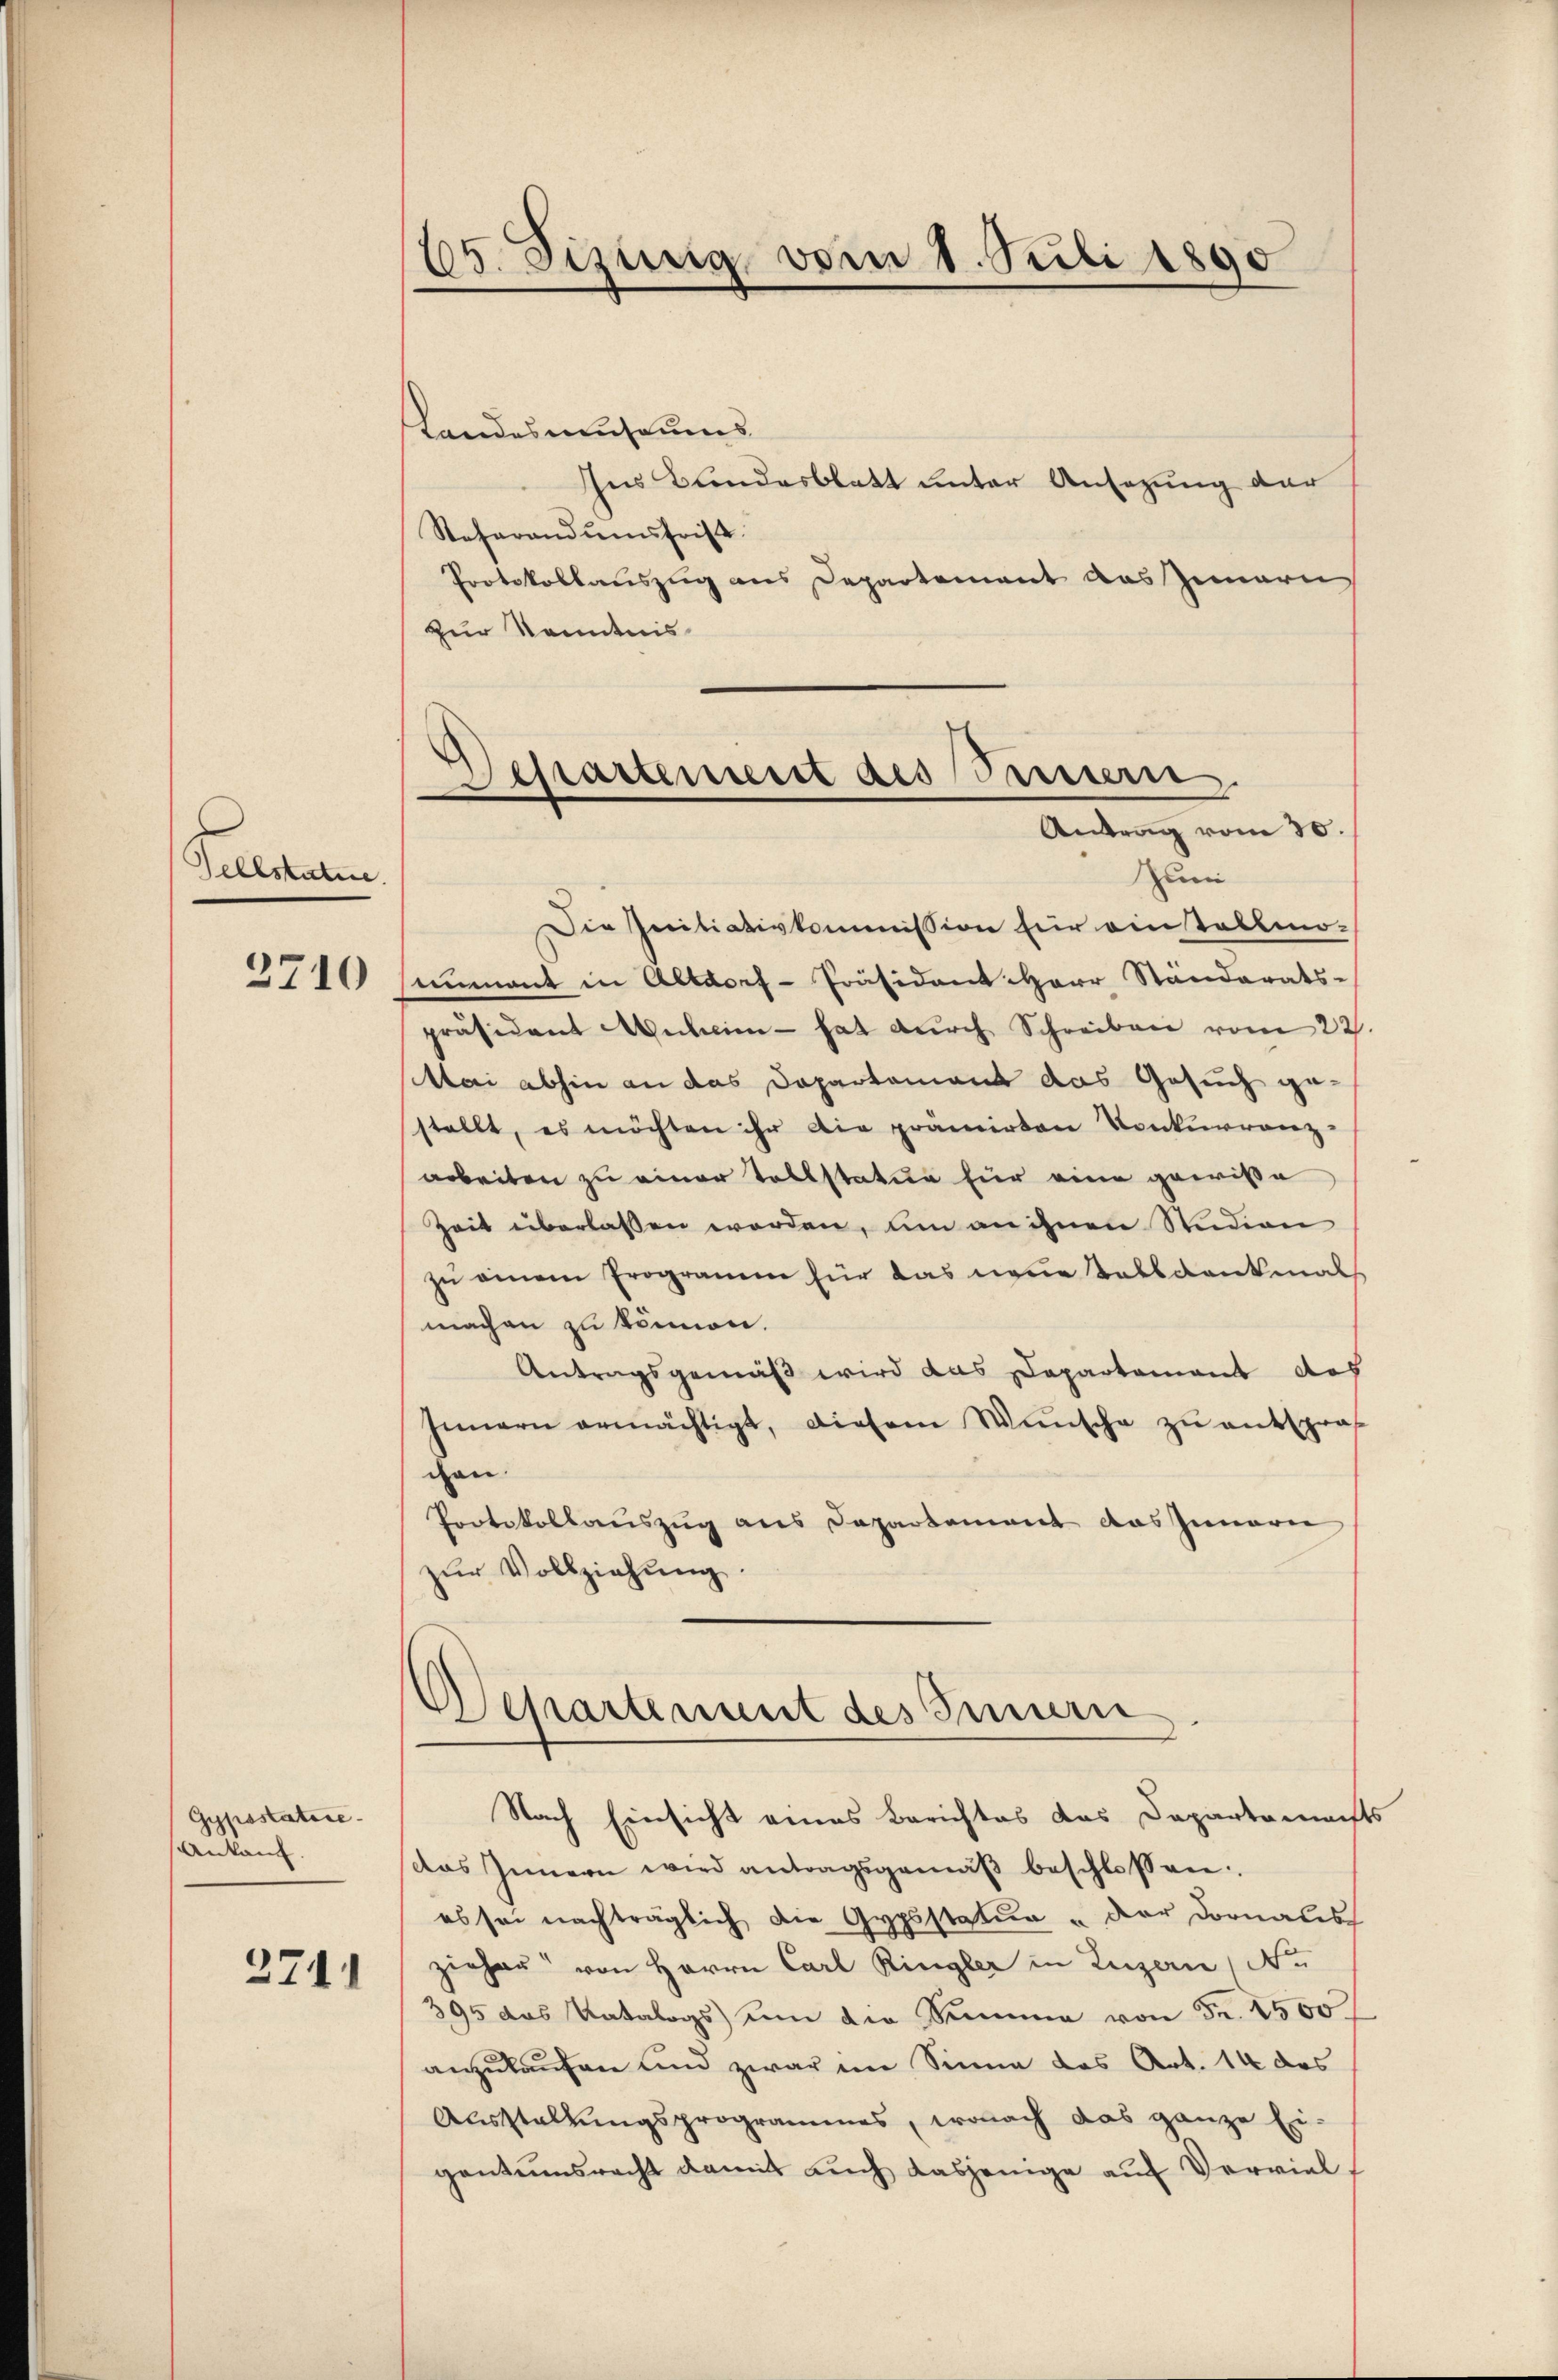
Selbstatire.

3710

Gypsstatire
Ankauf.

2711

65. Fezinig vom 1. Juli 1890

Landesmuseums
Ins Bundesblatt unter Ansezung der
Referandŭmsfrist.
Protokollauszug aus Departement das Zwarn
zur Kenntnis
Zumi
Die Initiativkommission für einstallmo-
niment in Altdorf-Präsident Herr Standerats-
präsident Anlein - hat dŭrch Schreiben vom 22
Mai abhin an das Departement das Gesuch gestellt, es möchten ihr die pramirten Konkurrenz
arbeiten zu einer Sollstatur für eine gewisse
Zeit überlassen worden, um an ihnen Studion
zu einem Programm für das neue Talldankmal
machen zu können.
Antragsgemäß wird das Departement doch
Innern ermächtigt, diesem Wünsche zŭ entspro
chen.
Protokollauszug aus Departement das Innern
zŭr Vollziehung
Departement des Innern
Nach Einsicht eines Berichtes das Departenach
das Innern wird antragsgemäβ beschlossen:
es sei nachträglich die Gypsstatur & der Dornaus
zieher von Herrn Carl Ringler in Luzern (No
395 das Katalogs um die Summe von Fr. 1500
anzukaufen und zwar im Sinne das Art. 14 des
Ausstellungsprogrammes, wonach das ganze Eigantumsrecht damit auch dasjenige auf Verviel¬

Dessartement des Sauern
Antrag vom 30.